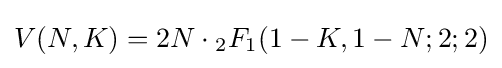
V(N,K)=2N\cdot {}_{2}F_{1}(1-K,1-N;2;2)